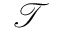
\mathcal { T }